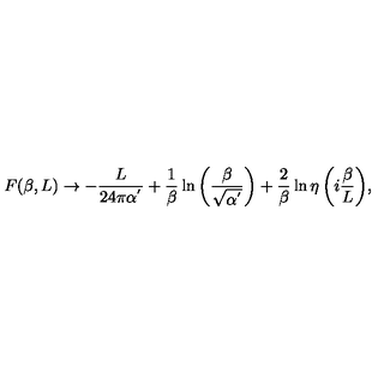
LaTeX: F ( \beta , L ) \rightarrow - \frac { L } { 2 4 \pi \alpha ^ { ' } } + \frac { 1 } { \beta } \ln { \left( \frac { \beta } { \sqrt { \alpha ^ { ' } } } \right) } + \frac { 2 } { \beta } \ln { \eta \left( i \frac { \beta } { L } \right) } ,